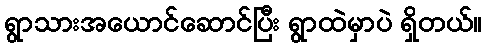
ရွာသားအယောင်ဆောင်ပြီး ရွာထဲမှာပဲ ရှိတယ်။